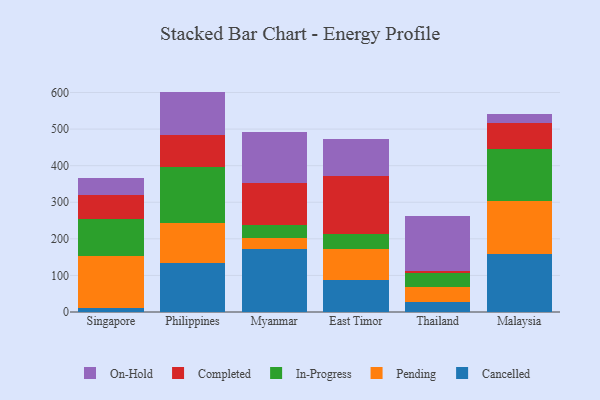
{"axis": {"x": "Country", "y": "Gross Profit (USD K)"}, "legend": ["Cancelled", "Completed", "In-Progress", "On-Hold", "Pending"], "data": [{"x": "Singapore", "y": 10.2, "type": "Cancelled"}, {"x": "Singapore", "y": 142.0, "type": "Pending"}, {"x": "Singapore", "y": 103.1, "type": "In-Progress"}, {"x": "Singapore", "y": 64.3, "type": "Completed"}, {"x": "Singapore", "y": 47.0, "type": "On-Hold"}, {"x": "Philippines", "y": 135.3, "type": "Cancelled"}, {"x": "Philippines", "y": 108.5, "type": "Pending"}, {"x": "Philippines", "y": 152.8, "type": "In-Progress"}, {"x": "Philippines", "y": 87.8, "type": "Completed"}, {"x": "Philippines", "y": 118.1, "type": "On-Hold"}, {"x": "Myanmar", "y": 172.9, "type": "Cancelled"}, {"x": "Myanmar", "y": 28.4, "type": "Pending"}, {"x": "Myanmar", "y": 36.0, "type": "In-Progress"}, {"x": "Myanmar", "y": 116.7, "type": "Completed"}, {"x": "Myanmar", "y": 137.1, "type": "On-Hold"}, {"x": "East Timor", "y": 86.4, "type": "Cancelled"}, {"x": "East Timor", "y": 84.8, "type": "Pending"}, {"x": "East Timor", "y": 42.7, "type": "In-Progress"}, {"x": "East Timor", "y": 157.0, "type": "Completed"}, {"x": "East Timor", "y": 103.3, "type": "On-Hold"}, {"x": "Thailand", "y": 28.5, "type": "Cancelled"}, {"x": "Thailand", "y": 39.3, "type": "Pending"}, {"x": "Thailand", "y": 37.8, "type": "In-Progress"}, {"x": "Thailand", "y": 6.2, "type": "Completed"}, {"x": "Thailand", "y": 150.7, "type": "On-Hold"}, {"x": "Malaysia", "y": 158.0, "type": "Cancelled"}, {"x": "Malaysia", "y": 145.0, "type": "Pending"}, {"x": "Malaysia", "y": 142.4, "type": "In-Progress"}, {"x": "Malaysia", "y": 70.7, "type": "Completed"}, {"x": "Malaysia", "y": 24.6, "type": "On-Hold"}]}